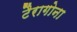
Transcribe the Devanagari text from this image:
टैरागोना